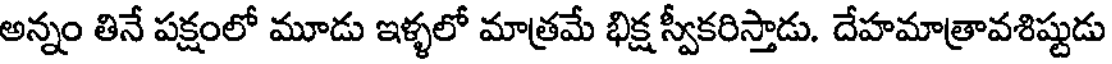
అన్నం తినే పక్షంలో మూడు ఇళ్ళలో మాత్రమే భిక్ష స్వీకరిస్తాడు. దేహమాత్రావశిష్టుడు